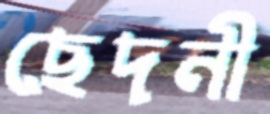
ছেদনী